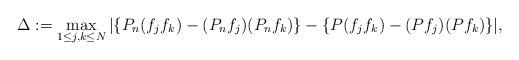
\begin{align*}\Delta := \max_{1\leq j,k\leq N}|\{ P_n (f_j f_k) - (P_n f_j) ( P_n f_k) \}- \{ P (f_j f_k) - (P f_j)(P f_k) \} |,\end{align*}